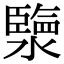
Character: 𤀩